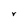
Character: r